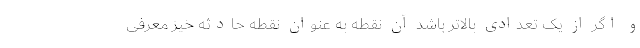
و اگر از یک تعدادی بالاتر باشد آن نقطه به عنوان نقطه حادثه خیز معرفی